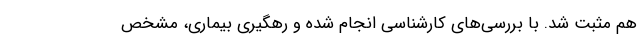
هم مثبت شد. با بررسی‌های کارشناسی انجام شده و رهگیری بیماری، مشخص